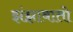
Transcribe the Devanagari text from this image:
झंझावातो